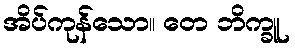
အိပ်ကုန်သော။ တေ ဘိက္ခူ